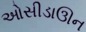
ઓસીડાઊન